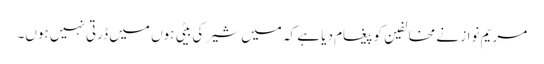
مریم نواز نے مخالفین کو پیغام دیا ہے کہ میں شیر کی بیٹی ہوں میں ڈرتی نہیں ہوں۔